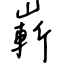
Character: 嶄